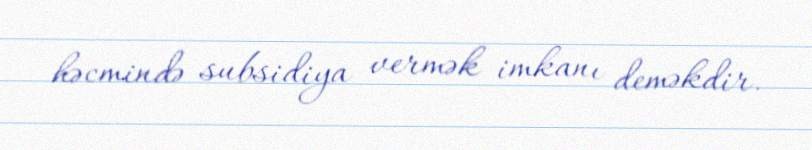
həcmində subsidiya vermək imkanı deməkdir.